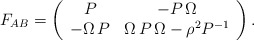
\begin{align*}F_{AB}=\left( \begin{array}{ccc}P & -P\,\Omega\\-\Omega \,P&\Omega \,P\, \Omega -\rho^2 P^{-1}\\\end{array} \right).\end{align*}